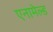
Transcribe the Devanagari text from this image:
एनामेल्ड